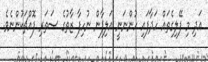
އަދި މި ފޭލިގެތައް ހަދާފައި ހުންނަނީ އަލިފާން ނުހިފާ ޒާތުގެ ސަތަރި ފޮއްޗަކުންނެވެ.